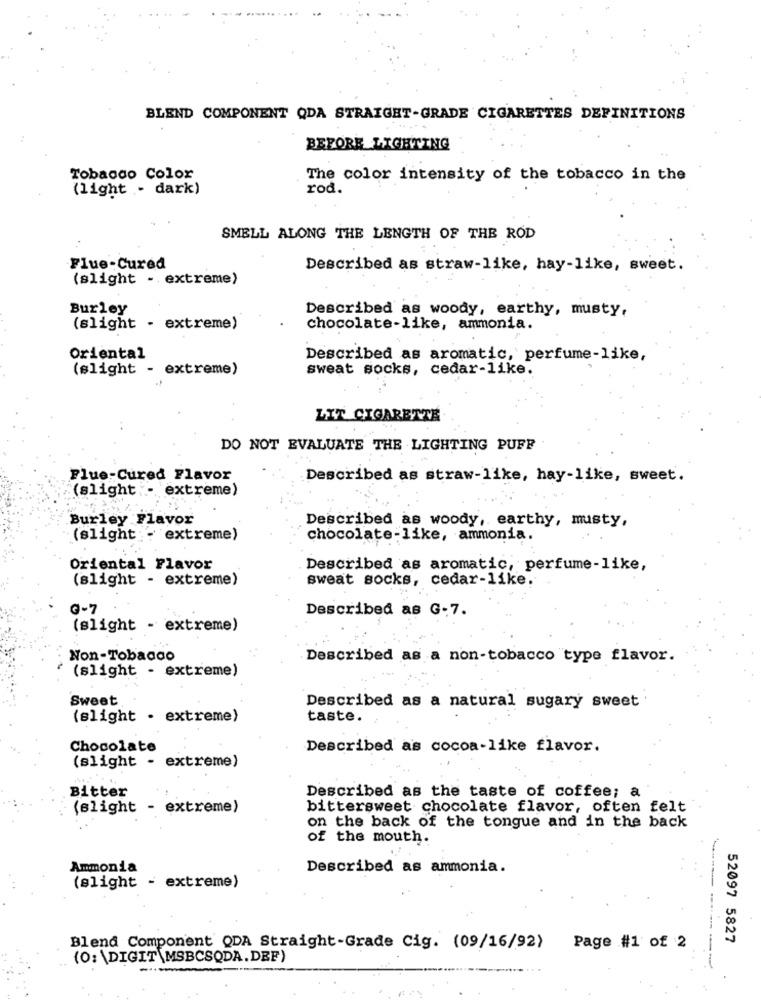
BLEND COMPONENT QDA STRAIGHT-GRADE CIGARETTES DEFINITIONS
BEFORE LIGHTING
Tobacco Color
The color intensity of the tobacco in the
(light - dark)
rod.
SMELL ALONG THE LENGTH OF THE ROD
Flue-Cured
Described as straw-like, hay-like, sweet.
(slight - extreme)
Burley
Described as woody, earthy, musty,
(slight - extreme)
chocolate-like, ammonia.
Oriental
Described as aromatic, perfume-like,
(slight - extreme)
sweat socks, cedar-like.
LIT CIGARETTE
DO NOT EVALUATE THE LIGHTING PUFF
Flue-Cured Flavor
Described as straw-like, hay-like, sweet.
(slight .- extreme)
Burley Flavor
Described as woody, earthy, musty,
(slight :- extreme)
chocolate-like, ammonia.
Oriental Flavor
Described as aromatic, perfume-like,
(slight - extreme)
sweat socks, cedar-like.
G-7
Described as G-7.
(slight - extreme)
Non-Tobacco
Described as a non-tobacco type flavor.
(slight - extreme)
Sweet
Described as a natural sugary sweet
(slight . extreme)
taste.
Chocolate
Described as cocoa-like flavor.
(slight - extreme)
Bitter
Described as the taste of coffee; a
(slight - extreme)
bittersweet chocolate flavor, often felt
on the back of the tongue and in the back
of the mouth.
Ammonia
Described as ammonia.
(slight - extreme)
Blend Component QDA Straight-Grade Cig. (09/16/92) Page #1 of 2
52097 5827
(0: \DIGIT \MSBCSQDA.DEF)